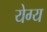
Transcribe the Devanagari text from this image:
येग्य